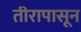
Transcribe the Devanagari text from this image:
तीरापासून